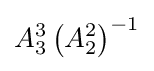
A_{3}^{3}\left(A_{2}^{2}\right)^{-1}